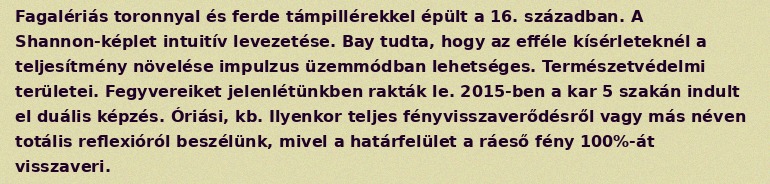
Fagalériás toronnyal és ferde támpillérekkel épült a 16. században. A Shannon-képlet intuitív levezetése. Bay tudta, hogy az efféle kísérleteknél a teljesítmény növelése impulzus üzemmódban lehetséges. Természetvédelmi területei. Fegyvereiket jelenlétünkben rakták le. 2015-ben a kar 5 szakán indult el duális képzés. Óriási, kb. Ilyenkor teljes fényvisszaverődésről vagy más néven totális reflexióról beszélünk, mivel a határfelület a ráeső fény 100%-át visszaveri.